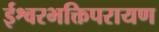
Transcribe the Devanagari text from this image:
ईश्वरभक्तिपरायण